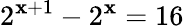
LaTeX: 2^{\mathbf{x}+1}-2^{\mathbf{x}}=16